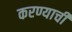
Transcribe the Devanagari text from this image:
करण्याचीं